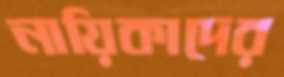
নায়িকাদের